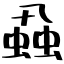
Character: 蝨